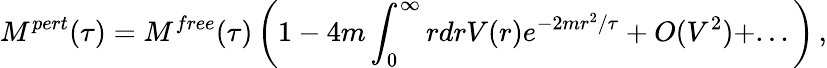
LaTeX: M^{pert}(\tau)=M^{free}(\tau)\left(1-4m\int_{0}^{\infty}rdrV(r)e^{-2mr^{2}/\tau}+O(V^{2})+...\right)\, ,